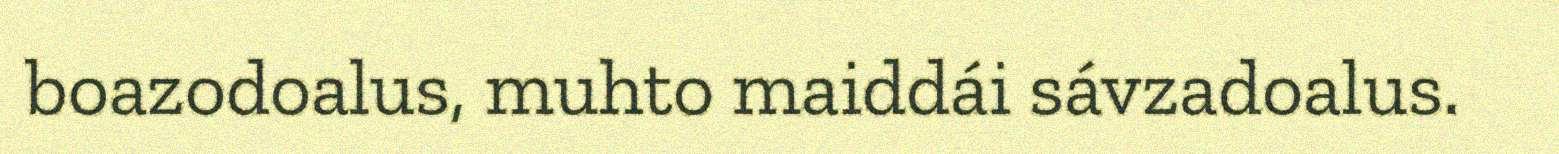
boazodoalus, muhto maiddái sávzadoalus.